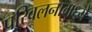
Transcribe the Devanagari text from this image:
परिवलनामध्ये